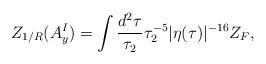
LaTeX: \begin{align*}Z_{1/R}(A_y^I) = \int \frac{d^2\tau}{\tau_2}\tau_2^{-5}|\eta(\tau)|^{-16}Z_F,\end{align*}